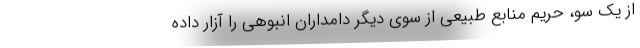
از یک سو، حریم منابع طبیعی از سوی دیگر دامداران انبوهی را آزار داده